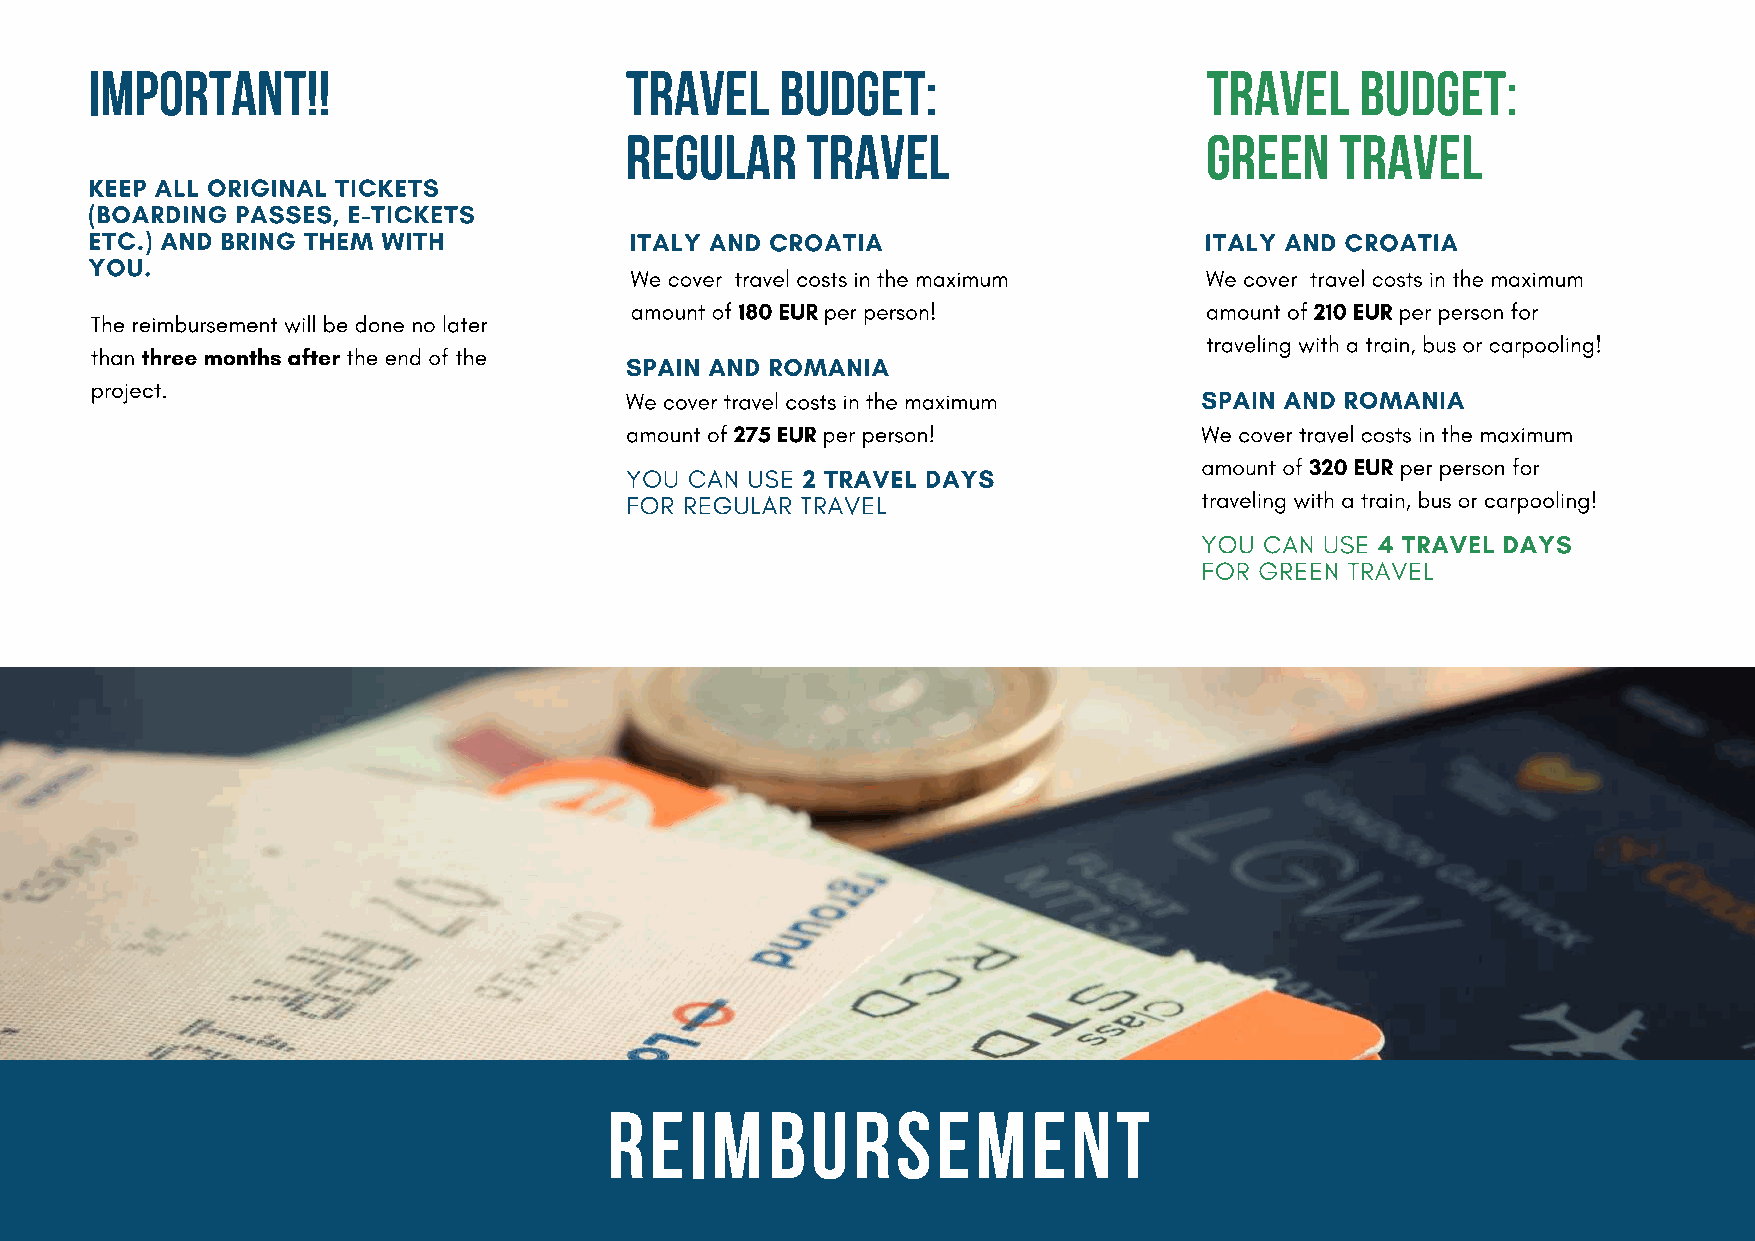
IMPORTANT!!                        TRAVEL     BUDGET:                     TRAVEL    BUDGET:
 REGULAR     TRAVEL                     GREEN    TRAVEL
 KEEP ALL ORIGINAL TICKETS
 (BOARDING PASSES, E-TICKETS
 ETC.) AND BRING THEM WITH           ITALY AND CROATIA                     ITALY AND CROATIA
 YOU.
 We cover travel costs in the maximum  We cover travel costs in the maximum
 amount of 180 EUR per person!         amount of 210 EUR per person for
 The reimbursement will be done no later
 traveling with a train, bus or carpooling!
 than three months after the end of the
 SPAIN AND ROMANIA
 project.
 We cover travel costs in the maximum  SPAIN AND ROMANIA
 amount of 275 EUR per person!         We cover travel costs in the maximum
 amount of 320 EUR per person for
 YOU  CAN USE 2 TRAVEL DAYS
 FOR REGULAR TRAVEL                    traveling with a train, bus or carpooling!
 YOU  CAN USE 4 TRAVEL DAYS
 FOR GREEN TRAVEL
 REIMBURSEMENT